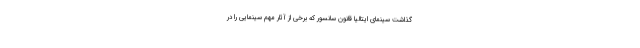
گذاشت سینمای ایتالیا قانون سانسور که برخی از آثار مهم سینمایی را در